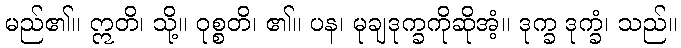
မည်၏။ ဣတိ၊ သို့။ ဝုစ္စတိ၊ ၏။ ပန၊ မုချဒုက္ခကိုဆိုအံ့။ ဒုက္ခ ဒုက္ခံ၊ သည်။